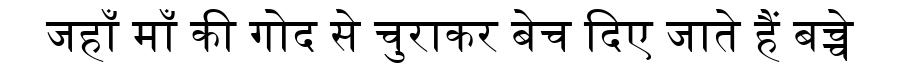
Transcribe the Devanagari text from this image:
जहाँ माँ की गोद से चुराकर बेच दिए जाते हैं बच्चे